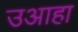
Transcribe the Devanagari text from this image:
उआहा